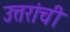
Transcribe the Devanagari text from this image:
उत्तरांची